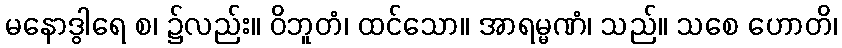
မနောဒွါရေ စ၊ ၌လည်း။ ဝိဘူတံ၊ ထင်သော။ အာရမ္မဏံ၊ သည်။ သစေ ဟောတိ၊